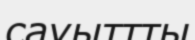
сауыттты